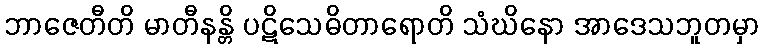
ဘာဇေတီတိ မာတီနန္တိ ပဋိသေဓိတာရောတိ သံဃိနော အာဒေသဘူတမှာ